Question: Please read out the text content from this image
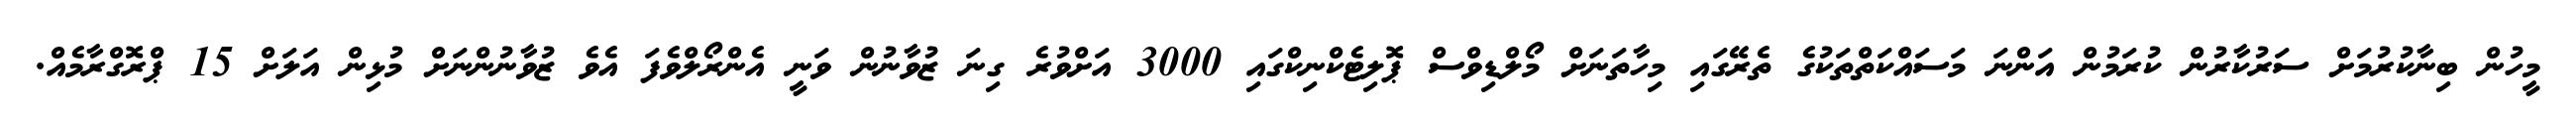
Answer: މީހުން ބިނާކުރުމަށް ސަރުކާރުން ކުރަމުން އަންނަ މަސައްކަތްތަކުގެ ތެރޭގައި މިހާތަނަށް މޯލްޑިވްސް ޕޮލިޓެކްނިކްގައި 3000 އަށްވުރެ ގިނަ ޒުވާނުން ވަނީ އެންރޯލްވެފަ އެވެ ޒުވާނުންނަށް މުޅިން އަލަށް 15 ޕްރޮގްރާމެއް.